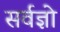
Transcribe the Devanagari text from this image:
सर्वज्ञो